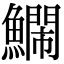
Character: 𮬔